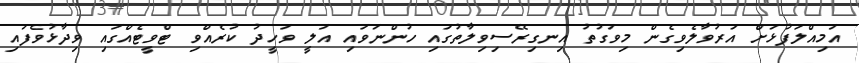
އަމިއްލަފުޅަށް އަރުވާލެވިގެން މިވަގުތު އިނގިރޭސިވިލާތުގައި ހުންނަވައި އަލީ ވަހީދު ކުރެއްވި ޓްވީޓެއްގައި ވިދާޅުވެފައި